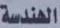
الهندسة